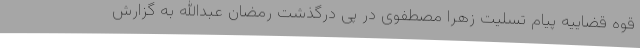
قوه قضاییه پیام تسلیت زهرا مصطفوی در پی درگذشت رمضان عبدالله به گزارش